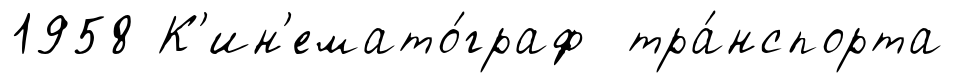
1958 К'ин'емато́граф тра́нспорта